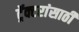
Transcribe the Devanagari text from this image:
ट्रॅक्टरांसाठी